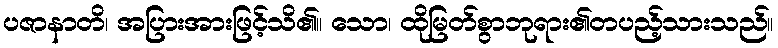
ပဇာနာတိ၊ အပြားအားဖြင့်သိ၏။ သော၊ ထိုမြတ်စွာဘုရား၏တပည့်သားသည်။